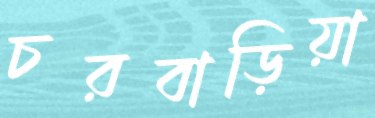
চরবাড়িয়া